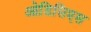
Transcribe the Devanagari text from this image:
ओडिसिएस